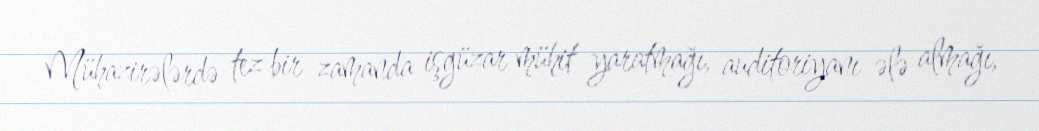
Mühazirələrdə tez bir zamanda işgüzar mühit yaratmağı, auditoriyanı ələ almağı,